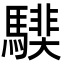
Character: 𩥰